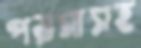
পয়সাসহ